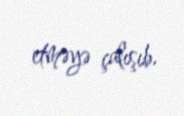
etməyə çalışıb.